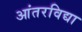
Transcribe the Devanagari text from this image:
आंतरविद्या